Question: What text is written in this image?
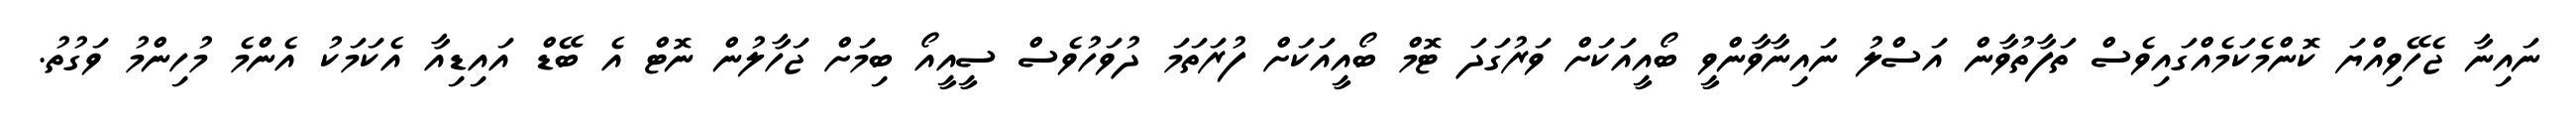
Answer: ނައިނާ ޖެހޭވިއްޔަ ކޮންމެކަމެއްގައިވެސް ތަފާތުވާން އަސްލު ނައިނާވާންވީ ބޯއީއަކަށް ވަރުގަދަ ޓޮމް ބޯއީއަކަށް ފުރަތަމަ ދުވަހުވެސް ސީއީއޯ ބިމަށް ޖަހާލުން ނޮޓް އެ ބޭޑް އައިޑިއާ އެކަމަކު އެންމެ މުހިންމު ވަގުތު.